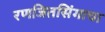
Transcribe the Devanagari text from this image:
रणजितसिंगाचा